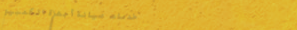
خدمات صيانة أجهزة الكمبيو